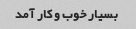
بسیار خوب و کار آمد